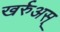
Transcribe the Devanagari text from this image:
खर्रुअस्